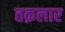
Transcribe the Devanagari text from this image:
तक़लार